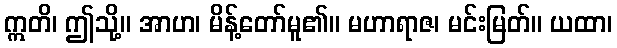
ဣတိ၊ ဤသို့။ အာဟ၊ မိန့်တော်မူ၏။ မဟာရာဇ၊ မင်းမြတ်။ ယထာ၊